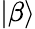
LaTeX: |\beta\rangle